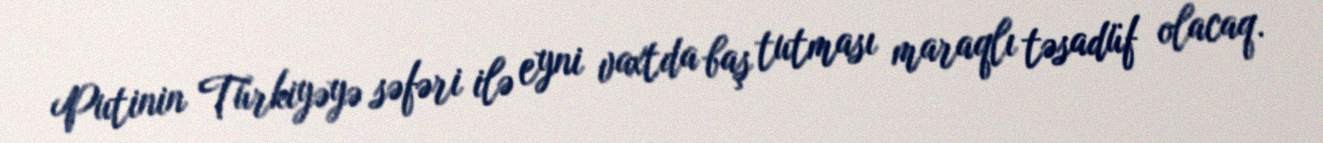
Putinin Türkiyəyə səfəri ilə eyni vaxtda baş tutması maraqlı təsadüf olacaq.